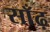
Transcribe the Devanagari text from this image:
साँढ़